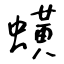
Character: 蟥